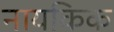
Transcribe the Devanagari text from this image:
नायकिक